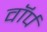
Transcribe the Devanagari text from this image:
वॉर्प